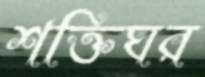
শক্তিঘর